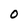
Character: O